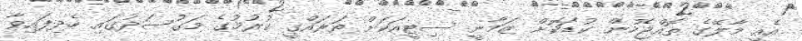
އެއީ މާލޭގެ ތޮއްޖެހުން ކުޑަކޮށް ޒަމާނީ ސިޓީއަކަށް ތަރައްގީ ކުރުމުގެ މަގުސަދުގައި ހެދިފައިވާ